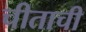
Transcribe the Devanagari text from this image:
चीताची